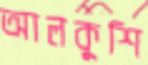
আলকুশি